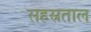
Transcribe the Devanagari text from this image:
सहस्रताल